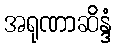
အရုဏာဆိန္ဒံ